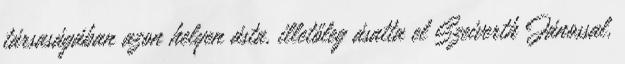
társaságában azon helyen ásta, illetőleg ásatta el Szeiverth Jánossal,